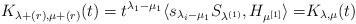
LaTeX: \begin{align*}K_{\lambda+(r),\mu+(r)}(t)=t^{\lambda_1-\mu_1}\langle s_{\lambda_i-\mu_1}S_{\lambda^{(1)}}, H_{\mu^{[1]}}\rangle=&K_{\lambda,\mu}(t)\end{align*}